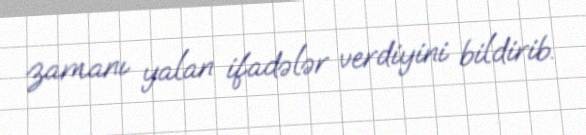
zamanı yalan ifadələr verdiyini bildirib.